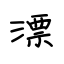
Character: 漂